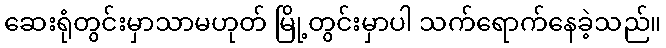
ဆေးရုံတွင်းမှာသာမဟုတ် မြို့တွင်းမှာပါ သက်ရောက်နေခဲ့သည်။